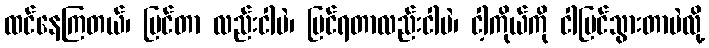
ထင်နေကြတယ်၊ မြင်တာ လည်းငါပဲ၊ မြင်ရတာလည်းငါပဲ၊ ငါ့ကိုယ်ကို ငါမြင်သွားတာပဲလို့